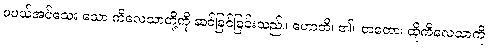
မပယ်အပ်သေး သော ကိလေသာတို့ကို ဆင်ခြင်ခြင်းသည်။ ဟောတိ၊ ၏။ တတော၊ ထိုကိလေသာကို